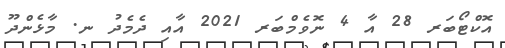
އޮކްޓޯބަރ 28 އާ 4 ނޮވެމްބަރ 2021 އާއި ދެމެދު ނ. މާޅެންދޫ